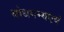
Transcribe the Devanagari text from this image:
बोधगम्यएवं